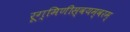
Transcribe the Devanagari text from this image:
रूग्मिणीस्वयम्वरम्